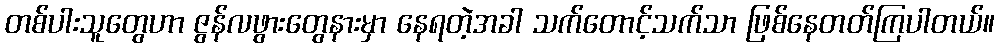
တစ်ပါးသူတွေဟာ ဇွန်လဖွားတွေနားမှာ နေရတဲ့အခါ သက်တောင့်သက်သာ ဖြစ်နေတတ်ကြပါတယ်။